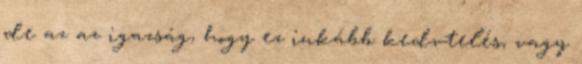
de az az igazság, hogy ez inkább kedvtelés, vagy